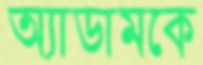
অ্যাডামকে